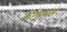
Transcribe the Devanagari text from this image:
कणाशम